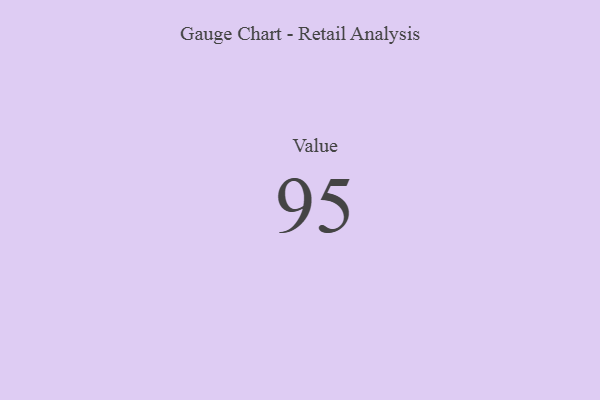
{"axis": {"x": "Metric", "y": "Value"}, "legend": [""], "data": [{"x": "Value", "y": 95, "type": ""}]}